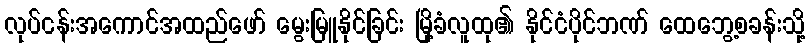
လုပ်ငန်းအကောင်အထည်ဖော် မွေးမြူနိုင်ခြင်း မြို့ခံလူထု၏ နိုင်ငံပိုင်ဘဏ် ထေဘွေ့စခန်းသို့